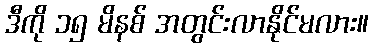
ဒီကို ၁၅ မိနစ် အတွင်းလာနိုင်မလား။